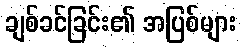
ချစ်ခင်ခြင်း၏ အပြစ်များ